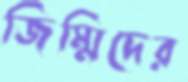
জিম্মিদের